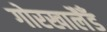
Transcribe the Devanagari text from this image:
गोरखालैँड